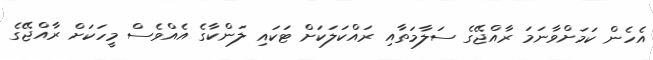
އެހެން ކަމަށްވާނަމަ ރާއްޖޭގެ ސަލާމަތާއި ރައްކަލަކަށް ޓަަކައި ލަންކާގެ އެއްްވެސް މީހަކަށް ރާއްޖޭގެ